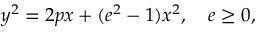
y ^ { 2 } = 2 p x + ( e ^ { 2 } - 1 ) x ^ { 2 } , \quad e \geq 0 ,